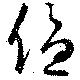
優